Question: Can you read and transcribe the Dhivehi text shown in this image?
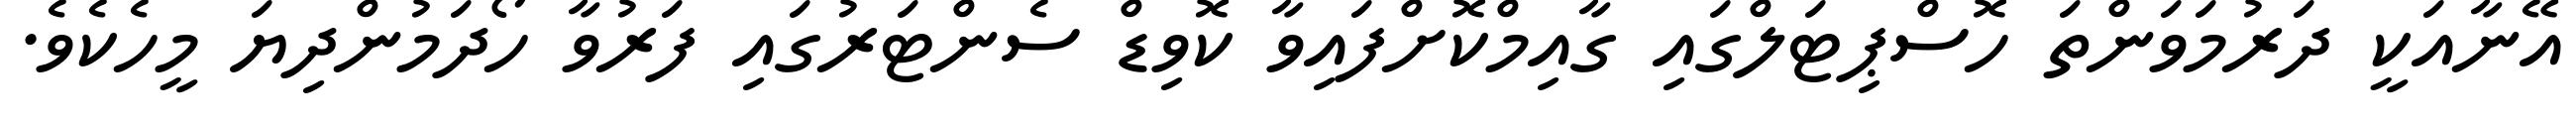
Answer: އޭނާއަކީ ދަރުމަވަންތަ ހޮސްޕިޓަލްގައި ގާއިމްކޮށްފައިވާ ކޮވިޑް ސެންޓަރުގައި ފަރުވާ ހޯދަމުންދިޔަ މީހެކެވެ.